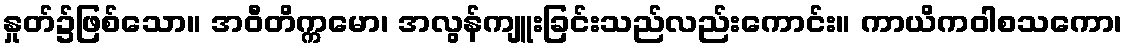
နှုတ်၌ဖြစ်သော။ အဝီတိက္ကမော၊ အလွန်ကျူးခြင်းသည်လည်းကောင်း။ ကာယိကဝါစသကော၊